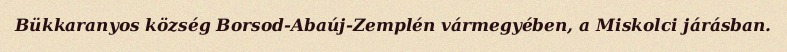
Bükkaranyos község Borsod-Abaúj-Zemplén vármegyében, a Miskolci járásban.